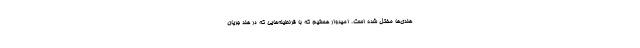
هندی‌ها مختل شده است. امیدوار هستیم که با قرنطینه‌هایی که در هند جریان